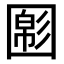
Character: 𡈝